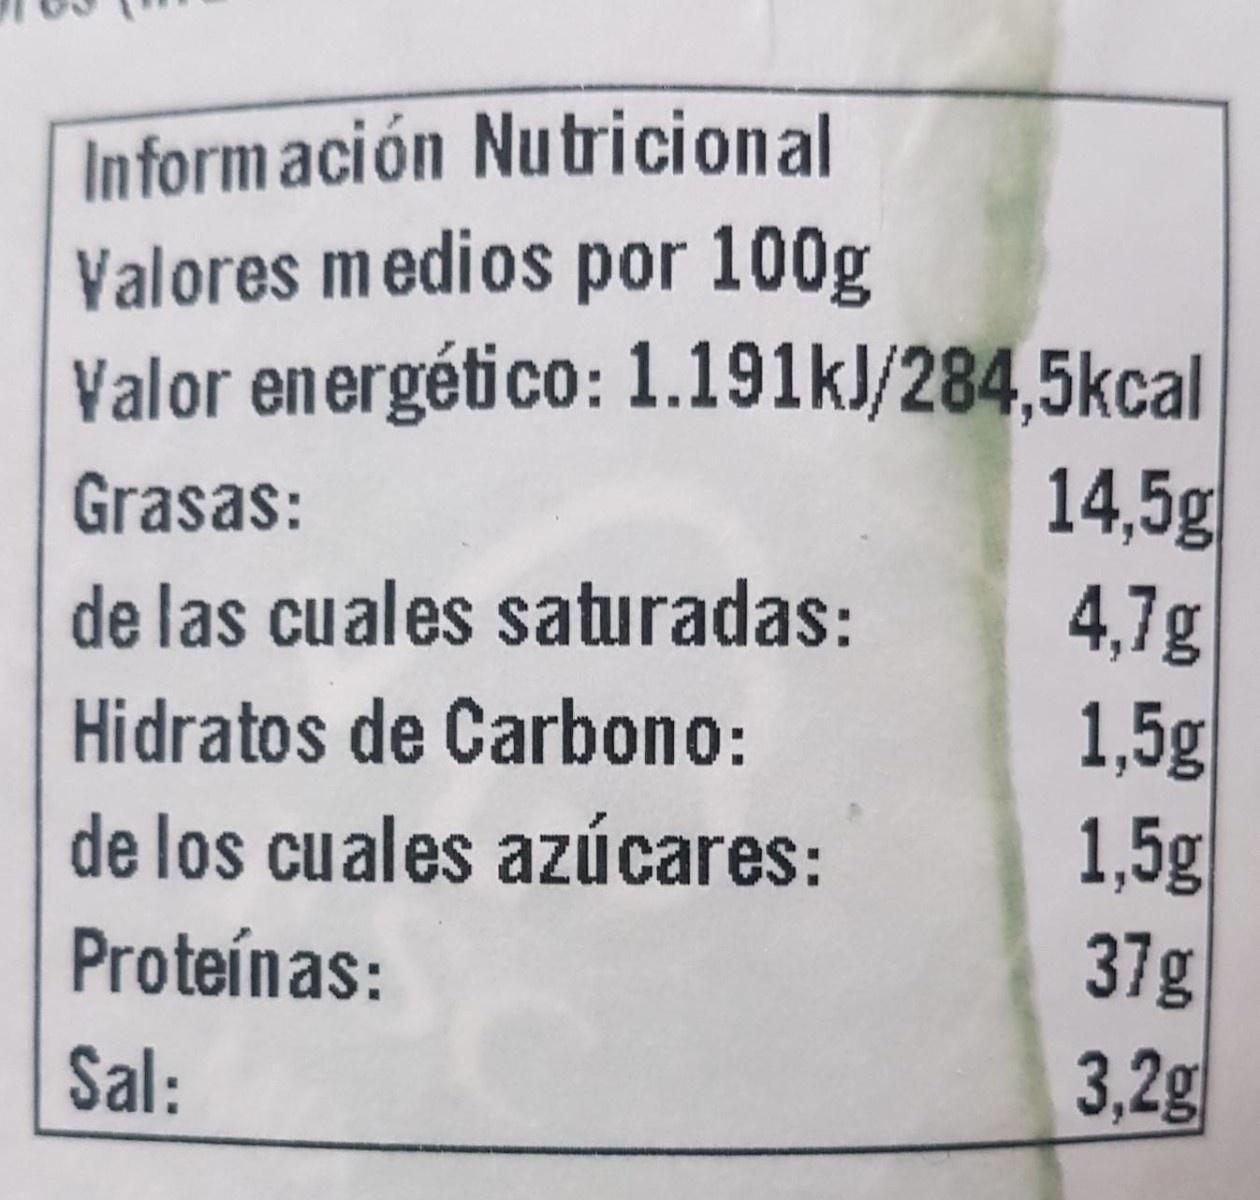
Información Nutricional Valores medios por 100g
Valor energético: 1.191kJ/284,5kcal 14,5g 4,7g 1,5g
Grasas:
de las cuales saturadas:
Hidratos de Carbono:
de los cuales azúcares:
1,5g 37g
Proteínas:
Sal:
3,2g